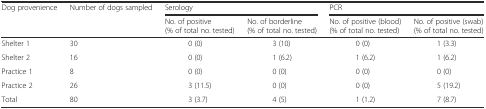
| Dog provenience | Number of dogs sampled | <COLSPAN=2> Serology | <COLSPAN=2> PCR |
 |  |  | No. of positive (% of total no. tested) | No. of borderline (% of total no. tested) | No. of positive (blood) (% of total no. tested) | No. of positive (swab) (% of total no. tested) |
 | --- | --- | --- | --- | --- | --- |
 | Shelter 1 | 30 | 0 (0) | 3 (10) | 0 (0) | 1 (3.3) |
 | Shelter 2 | 16 | 0 (0) | 1 (6.2) | 1 (6.2) | 1 (6.2) |
 | Practice 1 | 8 | 0 (0) | 0 (0) | 0 (0) | 0 (0) |
 | Practice 2 | 26 | 3 (11.5) | 0 (0) | 0 (0) | 5 (19.2) |
 | Total | 80 | 3 (3.7) | 4 (5) | 1 (1.2) | 7 (8.7) |